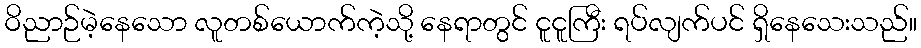
ဝိညာဉ်မဲ့နေသော လူတစ်ယောက်ကဲ့သို့ နေရာတွင် ငူငူကြီး ရပ်လျက်ပင် ရှိနေသေးသည်။